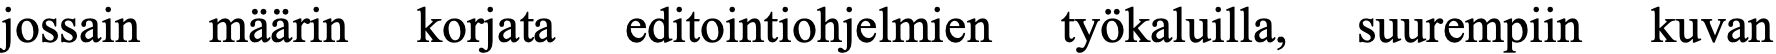
jossain määrin korjata editointiohjelmien työkaluilla, suurempiin kuvan